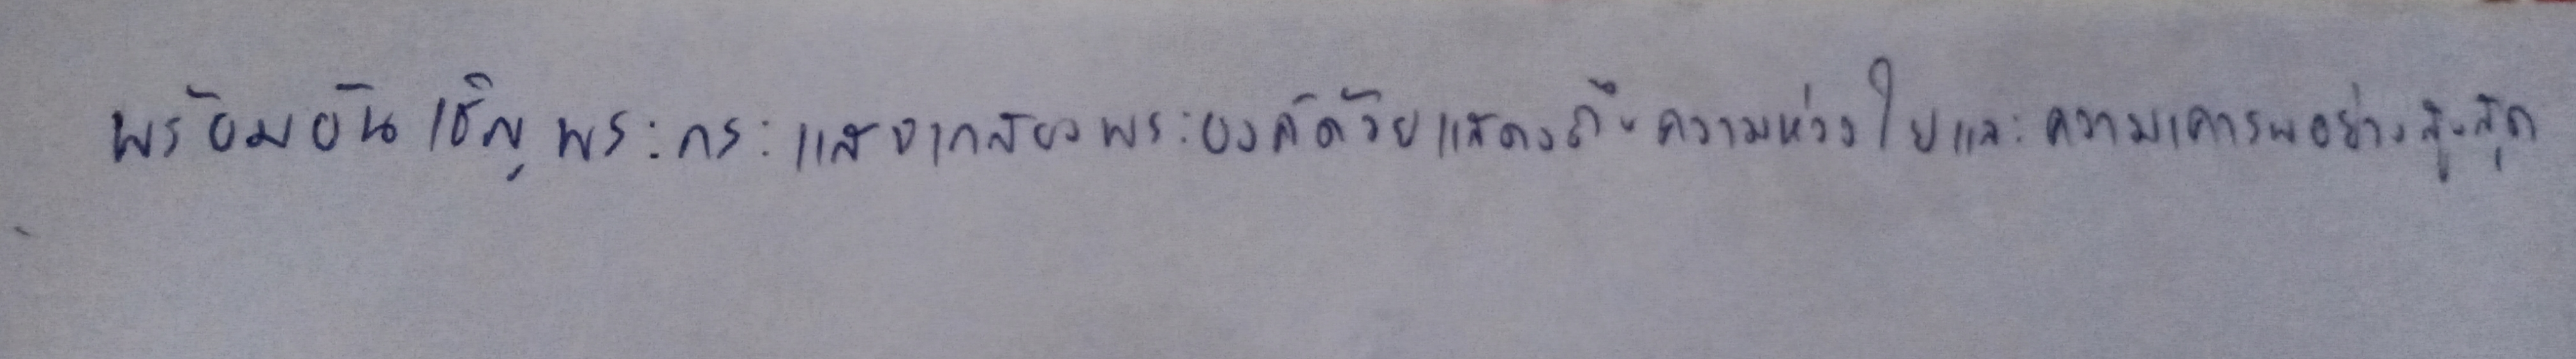
พร้อมอัญเชิญพระกระแสจากสองพระองค์ด้วยแสดงถึงความห่วงใยและความเคารพอย่างสูงสุด